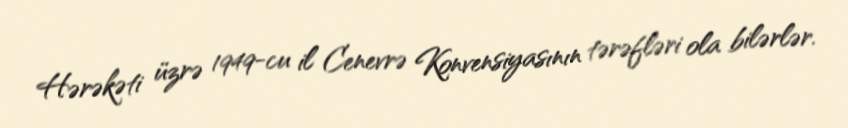
Hərəkəti üzrə 1949-cu il Cenevrə Konvensiyasının tərəfləri ola bilərlər.